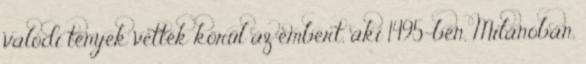
va­ló­di tények vették körül az embert, aki 1495-ben, Milánóban,